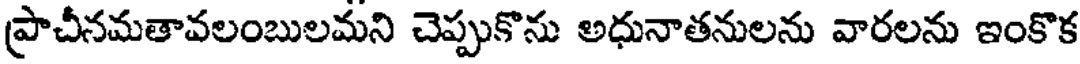
ప్రాచీనమతావలంబులమని చెప్పుకొను అధునాతనులను వారలను ఇంకొక